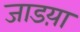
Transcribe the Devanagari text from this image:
जाडय़ा